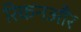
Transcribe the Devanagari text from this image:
रिकनऔर